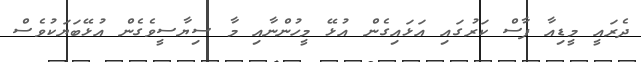
ދެރައީ މީޑިއާ ފާސް ކަރުގައި އަޅައިގެން އުޅޭ މީހުންނާއި މާ ސިޔާސީވެގެން އުޅޭބަޔަކުވެސް